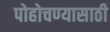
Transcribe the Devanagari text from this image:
पोहोचण्‍यासाठी